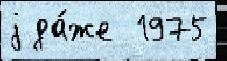
j да́же  1975